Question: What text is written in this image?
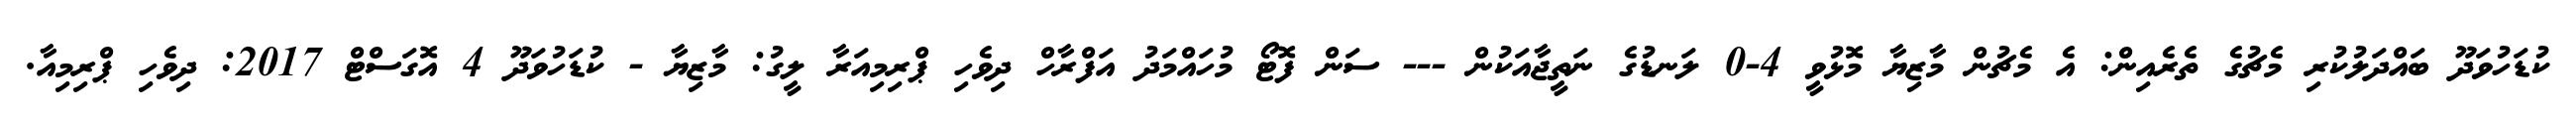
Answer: ކުޑަހުވަދޫ ބައްދަލުކުރި މެޗުގެ ތެރެއިން: އެ މެޗުން މާޒިޔާ މޮޅުވީ 4-0 ލަނޑުގެ ނަތީޖާއަކުން --- ސަން ފޮޓޯ މުހައްމަދު އަފްރާހް ދިވެހި ޕްރިމިއަރާ ލީގު: މާޒިޔާ - ކުޑަހުވަދޫ 4 އޮގަސްޓް 2017: ދިވެހި ޕްރިމިއާ.